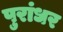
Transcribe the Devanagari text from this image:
पुरांधर